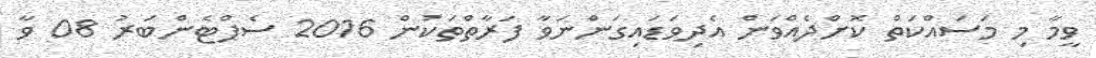
ވީމާ މި މަސައްކަތް ކޮށްދެއްވަން އެދިވަޑައިގަންނަވާ ފަރާތްތަކުން 2016 ސެޕްޓެންބަރު 08 ވާ